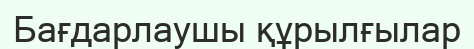
Бағдарлаушы құрылғылар